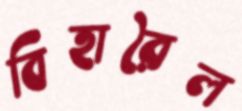
বিহারৈল